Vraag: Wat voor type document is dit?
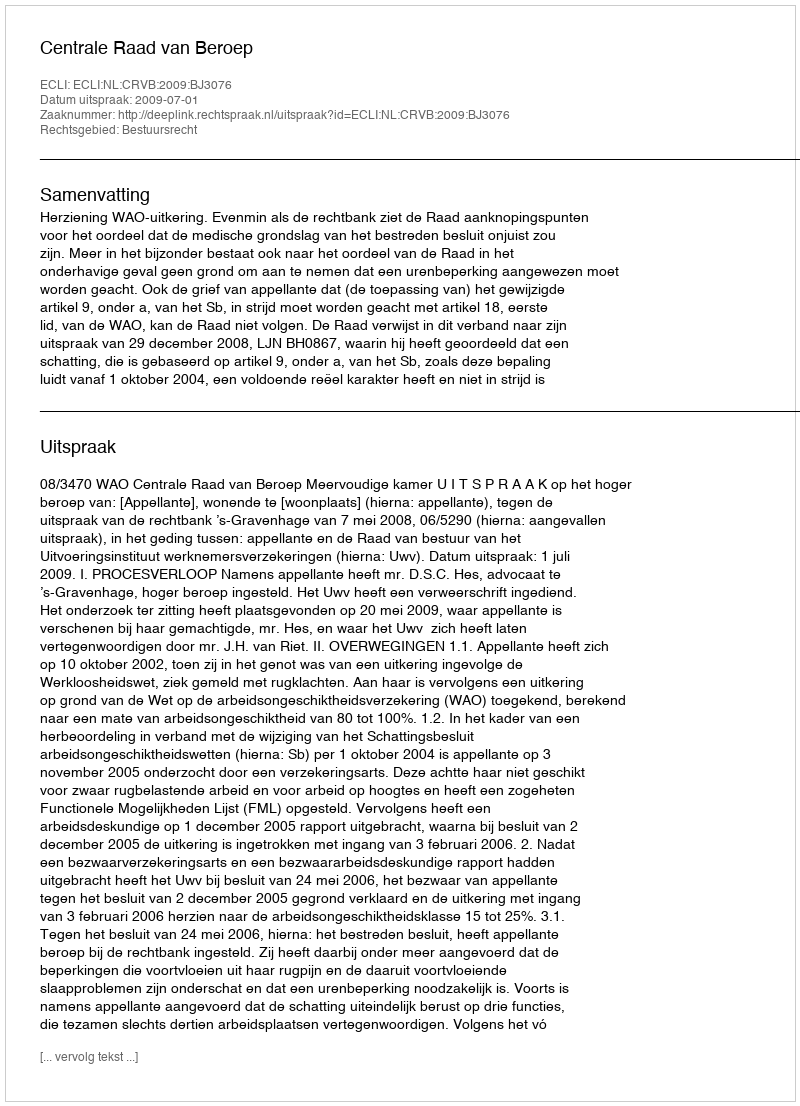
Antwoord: Uitspraak